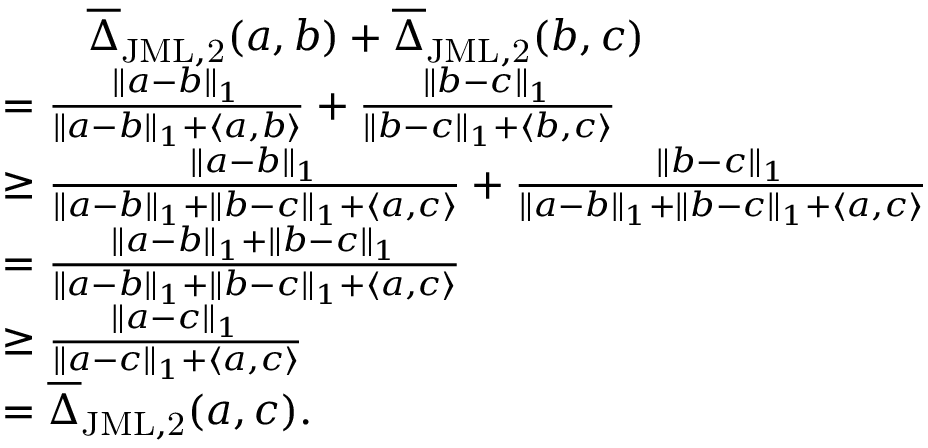
\begin{array} { r l } & { \qquad \overline { { \Delta } } _ { \mathrm { J M L , 2 } } ( a , b ) + \overline { { \Delta } } _ { \mathrm { J M L , 2 } } ( b , c ) } \\ & { = \frac { \| a - b \| _ { 1 } } { \| a - b \| _ { 1 } + \langle a , b \rangle } + \frac { \| b - c \| _ { 1 } } { \| b - c \| _ { 1 } + \langle b , c \rangle } } \\ & { \geq \frac { \| a - b \| _ { 1 } } { \| a - b \| _ { 1 } + \| b - c \| _ { 1 } + \langle a , c \rangle } + \frac { \| b - c \| _ { 1 } } { \| a - b \| _ { 1 } + \| b - c \| _ { 1 } + \langle a , c \rangle } } \\ & { = \frac { \| a - b \| _ { 1 } + \| b - c \| _ { 1 } } { \| a - b \| _ { 1 } + \| b - c \| _ { 1 } + \langle a , c \rangle } } \\ & { \geq \frac { \| a - c \| _ { 1 } } { \| a - c \| _ { 1 } + \langle a , c \rangle } } \\ & { = \overline { { \Delta } } _ { \mathrm { J M L , 2 } } ( a , c ) . } \end{array}